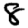
Digit: 8